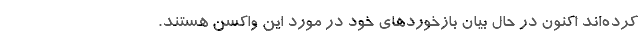
کرده‌اند اکنون در حال بیان بازخوردهای خود در مورد این واکسن هستند.